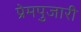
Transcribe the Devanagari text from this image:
प्रेमपुजारी